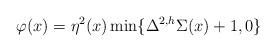
LaTeX: \begin{align*}\varphi(x) & = \eta^2(x)\min\{\Delta^{2,h}\Sigma(x)+1, 0\} \end{align*}